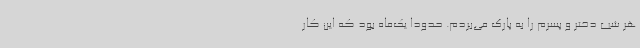
هر شب دختر و پسرم را به پارک می‌بردم. حدودا یک‌ماه بود که این کار